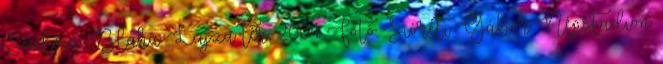
Szilvia Blaha Lujza tér, 2004 Fotó: Sióréti Gábor Népstadion